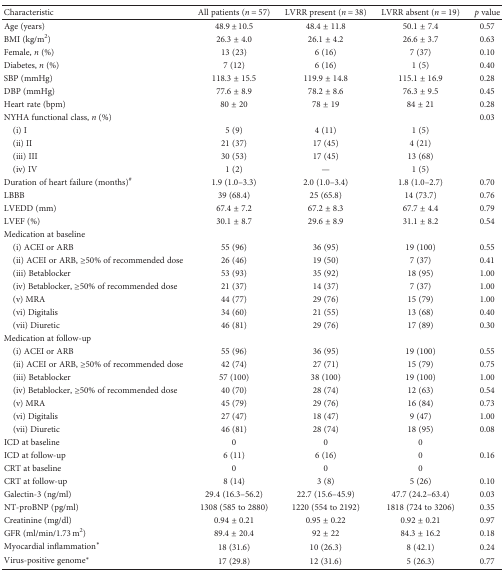
<table><thead><tr><td><b>Characteristic</b></td><td><b>All patients (<i>n</i> = 57)</b></td><td><b>LVRR present (<i>n</i> = 38)</b></td><td><b>LVRR absent (<i>n</i> = 19)</b></td><td><b><i>p</i> value</b></td></tr></thead><tbody><tr><td>Age (years)</td><td>48.9 ± 10.5</td><td>48.4 ± 11.8</td><td>50.1 ± 7.4</td><td>0.57</td></tr><tr><td>BMI (kg/m<sup>2</sup>)</td><td>26.3 ± 4.0</td><td>26.1 ± 4.2</td><td>26.6 ± 3.7</td><td>0.63</td></tr><tr><td>Female, <i>n</i> (%)</td><td>13 (23)</td><td>6 (16)</td><td>7 (37)</td><td>0.10</td></tr><tr><td>Diabetes, <i>n</i> (%)</td><td>7 (12)</td><td>6 (16)</td><td>1 (5)</td><td>0.40</td></tr><tr><td>SBP (mmHg)</td><td>118.3 ± 15.5</td><td>119.9 ± 14.8</td><td>115.1 ± 16.9</td><td>0.28</td></tr><tr><td>DBP (mmHg)</td><td>77.6 ± 8.9</td><td>78.2 ± 8.6</td><td>76.3 ± 9.5</td><td>0.45</td></tr><tr><td>Heart rate (bpm)</td><td>80 ± 20</td><td>78 ± 19</td><td>84 ± 21</td><td>0.28</td></tr><tr><td>NYHA functional class, <i>n</i> (%)</td><td></td><td></td><td></td><td>0.03</td></tr><tr><td> (i) I</td><td>5 (9)</td><td>4 (11)</td><td>1 (5)</td><td></td></tr><tr><td> (ii) II</td><td>21 (37)</td><td>17 (45)</td><td>4 (21)</td><td></td></tr><tr><td> (iii) III</td><td>30 (53)</td><td>17 (45)</td><td>13 (68)</td><td></td></tr><tr><td> (iv) IV</td><td>1 (2)</td><td>—</td><td>1 (5)</td><td></td></tr><tr><td>Duration of heart failure (months)<sup>#</sup></td><td>1.9 (1.0–3.3)</td><td>2.0 (1.0–3.4)</td><td>1.8 (1.0–2.7)</td><td>0.70</td></tr><tr><td>LBBB</td><td>39 (68.4)</td><td>25 (65.8)</td><td>14 (73.7)</td><td>0.76</td></tr><tr><td>LVEDD (mm)</td><td>67.4 ± 7.2</td><td>67.2 ± 8.3</td><td>67.7 ± 4.4</td><td>0.79</td></tr><tr><td>LVEF (%)</td><td>30.1 ± 8.7</td><td>29.6 ± 8.9</td><td>31.1 ± 8.2</td><td>0.54</td></tr><tr><td>Medication at baseline</td><td></td><td></td><td></td><td></td></tr><tr><td> (i) ACEI or ARB</td><td>55 (96)</td><td>36 (95)</td><td>19 (100)</td><td>0.55</td></tr><tr><td> (ii) ACEI or ARB, ≥50% of recommended dose</td><td>26 (46)</td><td>19 (50)</td><td>7 (37)</td><td>0.41</td></tr><tr><td> (iii) Betablocker</td><td>53 (93)</td><td>35 (92)</td><td>18 (95)</td><td>1.00</td></tr><tr><td> (iv) Betablocker, ≥50% of recommended dose</td><td>21 (37)</td><td>14 (37)</td><td>7 (37)</td><td>1.00</td></tr><tr><td> (v) MRA</td><td>44 (77)</td><td>29 (76)</td><td>15 (79)</td><td>1.00</td></tr><tr><td> (vi) Digitalis</td><td>34 (60)</td><td>21 (55)</td><td>13 (68)</td><td>0.40</td></tr><tr><td> (vii) Diuretic</td><td>46 (81)</td><td>29 (76)</td><td>17 (89)</td><td>0.30</td></tr><tr><td>Medication at follow-up</td><td></td><td></td><td></td><td></td></tr><tr><td> (i) ACEI or ARB</td><td>55 (96)</td><td>36 (95)</td><td>19 (100)</td><td>0.55</td></tr><tr><td> (ii) ACEI or ARB, ≥50% of recommended dose</td><td>42 (74)</td><td>27 (71)</td><td>15 (79)</td><td>0.75</td></tr><tr><td> (iii) Betablocker</td><td>57 (100)</td><td>38 (100)</td><td>19 (100)</td><td>1.00</td></tr><tr><td> (iv) Betablocker, ≥50% of recommended dose</td><td>40 (70)</td><td>28 (74)</td><td>12 (63)</td><td>0.54</td></tr><tr><td> (v) MRA</td><td>45 (79)</td><td>29 (76)</td><td>16 (84)</td><td>0.73</td></tr><tr><td> (vi) Digitalis</td><td>27 (47)</td><td>18 (47)</td><td>9 (47)</td><td>1.00</td></tr><tr><td> (vii) Diuretic</td><td>46 (81)</td><td>28 (74)</td><td>18 (95)</td><td>0.08</td></tr><tr><td>ICD at baseline</td><td>0</td><td>0</td><td>0</td><td></td></tr><tr><td>ICD at follow-up</td><td>6 (11)</td><td>6 (16)</td><td>0</td><td>0.16</td></tr><tr><td>CRT at baseline</td><td>0</td><td>0</td><td>0</td><td></td></tr><tr><td>CRT at follow-up</td><td>8 (14)</td><td>3 (8)</td><td>5 (26)</td><td>0.10</td></tr><tr><td>Galectin-3 (ng/ml)</td><td>29.4 (16.3–56.2)</td><td>22.7 (15.6–45.9)</td><td>47.7 (24.2–63.4)</td><td>0.03</td></tr><tr><td>NT-proBNP (pg/ml)</td><td>1308 (585 to 2880)</td><td>1220 (554 to 2192)</td><td>1818 (724 to 3206)</td><td>0.35</td></tr><tr><td>Creatinine (mg/dl)</td><td>0.94 ± 0.21</td><td>0.95 ± 0.22</td><td>0.92 ± 0.21</td><td>0.97</td></tr><tr><td>GFR (ml/min/1.73 m<sup>2</sup>)</td><td>89.4 ± 20.4</td><td>92 ± 22</td><td>84.3 ± 16.2</td><td>0.18</td></tr><tr><td>Myocardial inflammation<sup>∗</sup></td><td>18 (31.6)</td><td>10 (26.3)</td><td>8 (42.1)</td><td>0.24</td></tr><tr><td>Virus-positive genome<sup>∗</sup></td><td>17 (29.8)</td><td>12 (31.6)</td><td>5 (26.3)</td><td>0.77</td></tr></tbody></table>